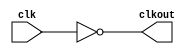
// This program was cloned from: https://github.com/chipsalliance/aib-phy-hardware
// License: Apache License 2.0

// SPDX-License-Identifier: Apache-2.0
// Copyright (C) 2022 HCL Technologies Ltd.
// Copyright (C) 2022 Blue Cheetah Analog Design, Inc.

module clk_inv_cel(
output clkout, // clock output
input  clk     // clock input
);

assign clkout = ~clk;

endmodule // clk_inv_cel